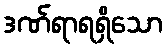
ဒဏ်ရာရရှိသော